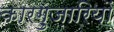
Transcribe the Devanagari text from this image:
कारग़ुज़ारियों